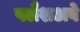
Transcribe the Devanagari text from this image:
फ्लैशअवे